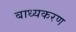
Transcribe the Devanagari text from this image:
बाध्यकरण